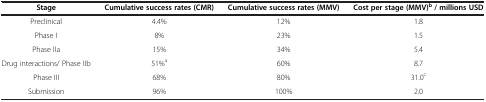
<table><thead><tr><td><b>Stage</b></td><td><b>Cumulative success rates (CMR)</b></td><td><b>Cumulative success rates (MMV)</b></td><td><b>Cost per stage (MMV)<sup>b </sup>/ millions USD</b></td></tr></thead><tbody><tr><td>Preclinical</td><td>4.4%</td><td>12%</td><td>1.8</td></tr><tr><td>Phase I</td><td>8%</td><td>23%</td><td>1.5</td></tr><tr><td>Phase IIa</td><td>15%</td><td>34%</td><td>5.4</td></tr><tr><td>Drug interactions/ Phase IIb</td><td>51%<sup>a</sup></td><td>60%</td><td>8.7</td></tr><tr><td>Phase III</td><td>68%</td><td>80%</td><td>31.0<sup>c</sup></td></tr><tr><td>Submission</td><td>96%</td><td>100%</td><td>2.0</td></tr></tbody></table>